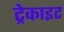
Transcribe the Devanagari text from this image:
ट्रेकाइट